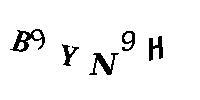
B9YN9H